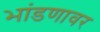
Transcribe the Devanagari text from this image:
भांडणावर